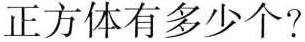
正方体有多少个?